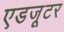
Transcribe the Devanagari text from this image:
एडजूटर